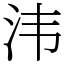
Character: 𣲗